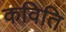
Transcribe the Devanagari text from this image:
कविति